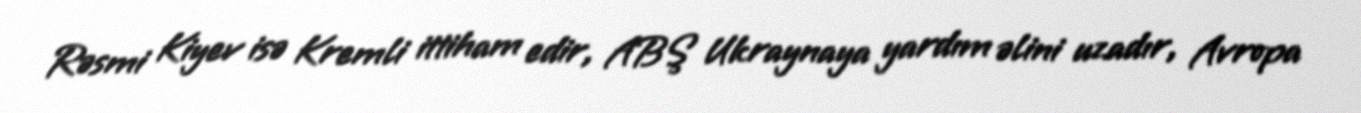
Rəsmi Kiyev isə Kremli ittiham edir, ABŞ Ukraynaya yardım əlini uzadır, Avropa